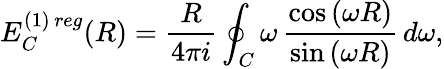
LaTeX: E_{C}^{(1)\, reg}(R)=\frac{R}{4\pi i}\oint_{C}^{}\omega\, \frac{\cos{(\omega R)}}{\sin{(\omega R)}}\, d\omega,